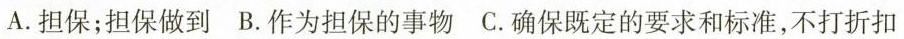
A.担保；担保做到 B.作为担保的事物 C.确保既定的要求和标准，不打折扣